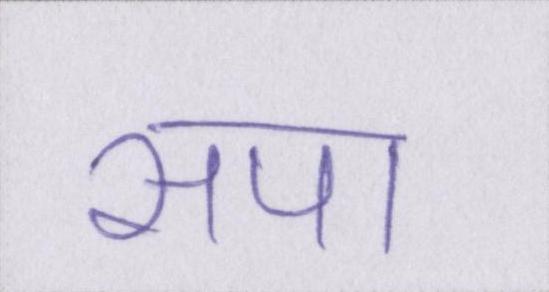
सपा